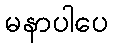
မနာပါပေ